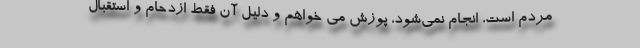
مردم است، انجام نمی‌شود، پوزش می خواهم و دلیل آن فقط ازدحام و استقبال